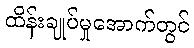
ထိန်းချုပ်မှုအောက်တွင်